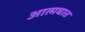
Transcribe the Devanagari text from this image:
आत्‍मघात